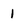
Character: 1